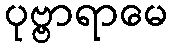
ပုဗ္ဗာရာမေ